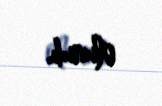
olunub.